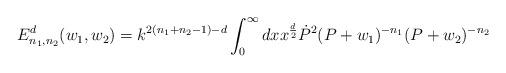
LaTeX: \begin{align*}E_{n_1,n_2}^d(w_1,w_2) =k^{2(n_1+n_2-1)-d}\int_{0}^\infty{d}xx^{\frac{d}{2}}\dot{P}^2(P+w_1)^{-n_1}(P+w_2)^{-n_2}\end{align*}